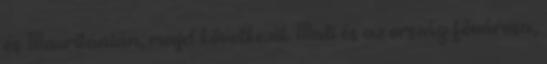
és Mauritánián, majd következik Mali és az ország fővárosa,